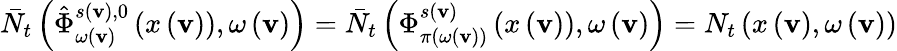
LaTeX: \bar{N}_{t}\left(\hat{\Phi}_{\omega\left(\mathbf{v}\right)}^{s\left(\mathbf{v}\right),0}\left(x\left(\mathbf{v}\right)\right),\omega\left(\mathbf{v}\right)\right)=\bar{N}_{t}\left(\Phi_{\pi\left(\omega\left(\mathbf{v}\right)\right)}^{s\left(\mathbf{v}\right)}\left(x\left(\mathbf{v}\right)\right),\omega\left(\mathbf{v}\right)\right)=N_{t}\left(x\left(\mathbf{v}\right),\omega\left(\mathbf{v}\right)\right)